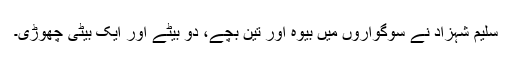
سلیم شہزاد نے سوگواروں میں بیوہ اور تین بچے، دو بیٹے اور ایک بیٹی چھوڑی۔